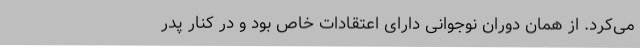
می‌کرد. از همان دوران نوجوانی دارای اعتقادات خاص بود و در کنار پدر